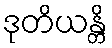
ဒုတိယန္တိ